system: You are a helpful assistant.
user:
Analyze the provided spectrum to determine if it is a **Carbon Star (C-type)**.

- **Key Visual Indicators of Carbon Star:**
    - **(Primary):** Strong molecular absorption from **C₂ (diatomic carbon) "Swan Bands."** This is the **defining feature** of a carbon star.
        - **(Key Bandheads):** Sharp absorption edges are visible at approximately $5635$ Å, $5165$ Å (the strongest band), and $4737$ Å.
        - **(Line Profile):** Creates a distinct **"saw-tooth"** pattern. The key morphology is a sharp, steep bandhead on the **red (long-wavelength) side**, which then gradually tapers off (i.e., flux recovers) towards the **blue (short-wavelength) side**. *(This is the direct opposite of the TiO bands seen in M-type stars)*.

    - **(Secondary):** Intense **CN (cyanogen)** molecular absorption bands.
        - **(Key Bandheads):** Located in the blue and violet regions of the spectrum (e.g., near $4215$ Å and $3883$ Å).
        - **(Morphology):** These bands are extremely broad and act as a "blanket," absorbing the vast majority of blue and violet light. This creates a characteristic **"cliff"** or **"steep drop-off"** in the spectrum's flux at short wavelengths.

    - **(Key Confirmation):** Strong **CH absorption band (G-band)**.
        - **(Key Bandhead):** Located around $4300$ Å. The contribution from CH molecules to this band is exceptionally strong.

    - **(Overall Spectrum):**
        - The continuum is severely "chopped up" by these deep molecular bands, especially C₂, rather than appearing as a smooth curve.
        - Due to the heavy CN and C₂ absorption in the blue-green, the vast majority of the star's flux is concentrated in the red part of the spectrum, giving the star its characteristic deep red color.

Think first, call **spectral_visualization_tool** if needed to examine features in detail, then provide your final answer. Your response must adhere to the following strict rules:
1.  **Overall Structure:** Your response must follow the format `<think>...</think> <tool_call>...</tool_call> (if a tool is used) <answer>...</answer>`.
2.  **Tool Usage Constraint:** You may only make **one** tool call per turn.
3.  **Final Answer Format:** In the `<answer>` tag, your conclusion must be inside a `\boxed{}` command (e.g., `\boxed{YES}`), followed by your justification.

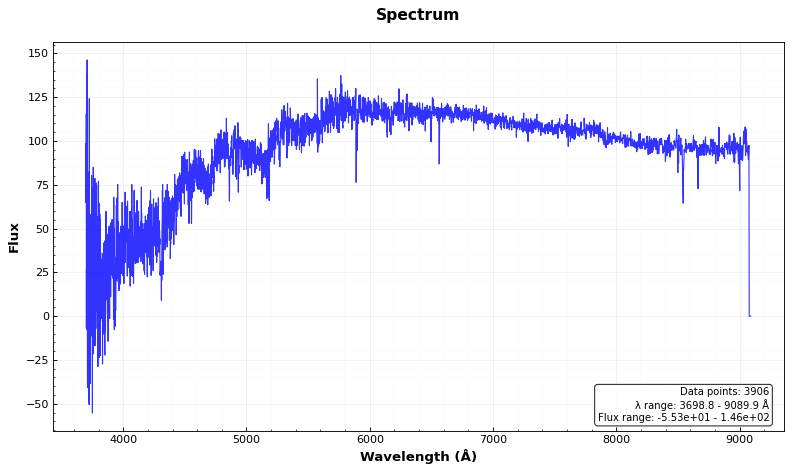
Answer: YES